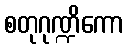
စတုဂုဏ္ဍိကော